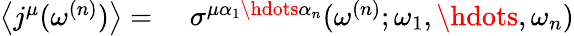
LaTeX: \begin{array}{rl}{\left\langle j^{\mu}(\omega^{(n)})\right\rangle=\, \, }&{{}\sigma^{\mu\alpha_{1}\hdots\alpha_{n}}(\omega^{(n)};\omega_{1},\hdots,\omega_{n})}\end{array}